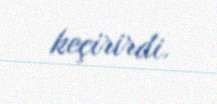
keçirirdi.